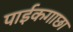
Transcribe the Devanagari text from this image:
पाईकगाछा